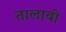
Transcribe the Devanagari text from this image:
तालाबी